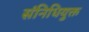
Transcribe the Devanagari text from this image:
संनिधियुक्त